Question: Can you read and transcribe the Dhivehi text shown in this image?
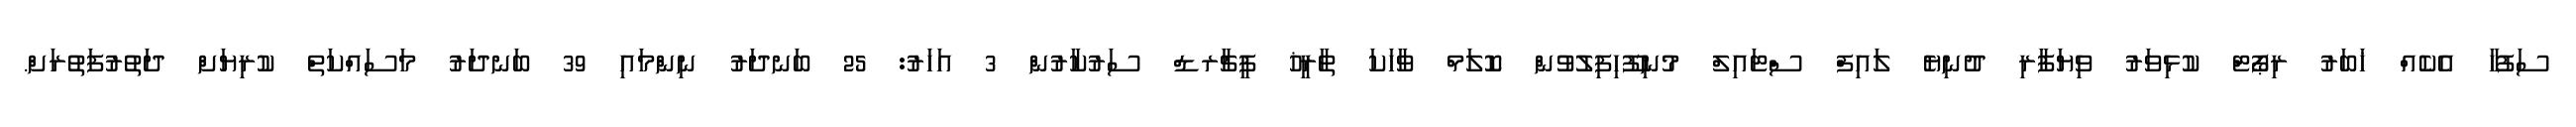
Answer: ސަފުހާ އެކެއް ޚަބަރު ރިޕޯޓް ކުޅިވަރު ވިޔަފާރި ދުނިޔެ ލައިފް ސްޓައިލް މުނިފޫހިފިލުވުން ކޮލަމް ވާހަކަ ތާރީޚު ފީޗާރޑް ސަރުކާރުން 3 އަހަރު: 25 ބަނދަރު ނިންމައި 39 ބަނދަރު މަސައްކަތް ކުރިޔަށް ދަތުރުފަތުރަށް.